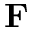
\mathbf { F }